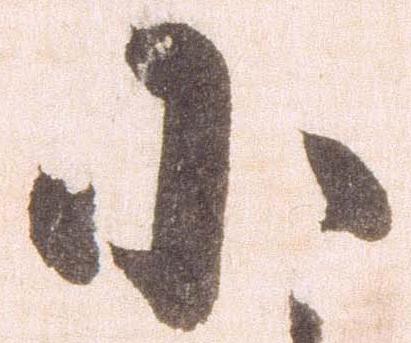
小